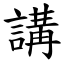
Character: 講